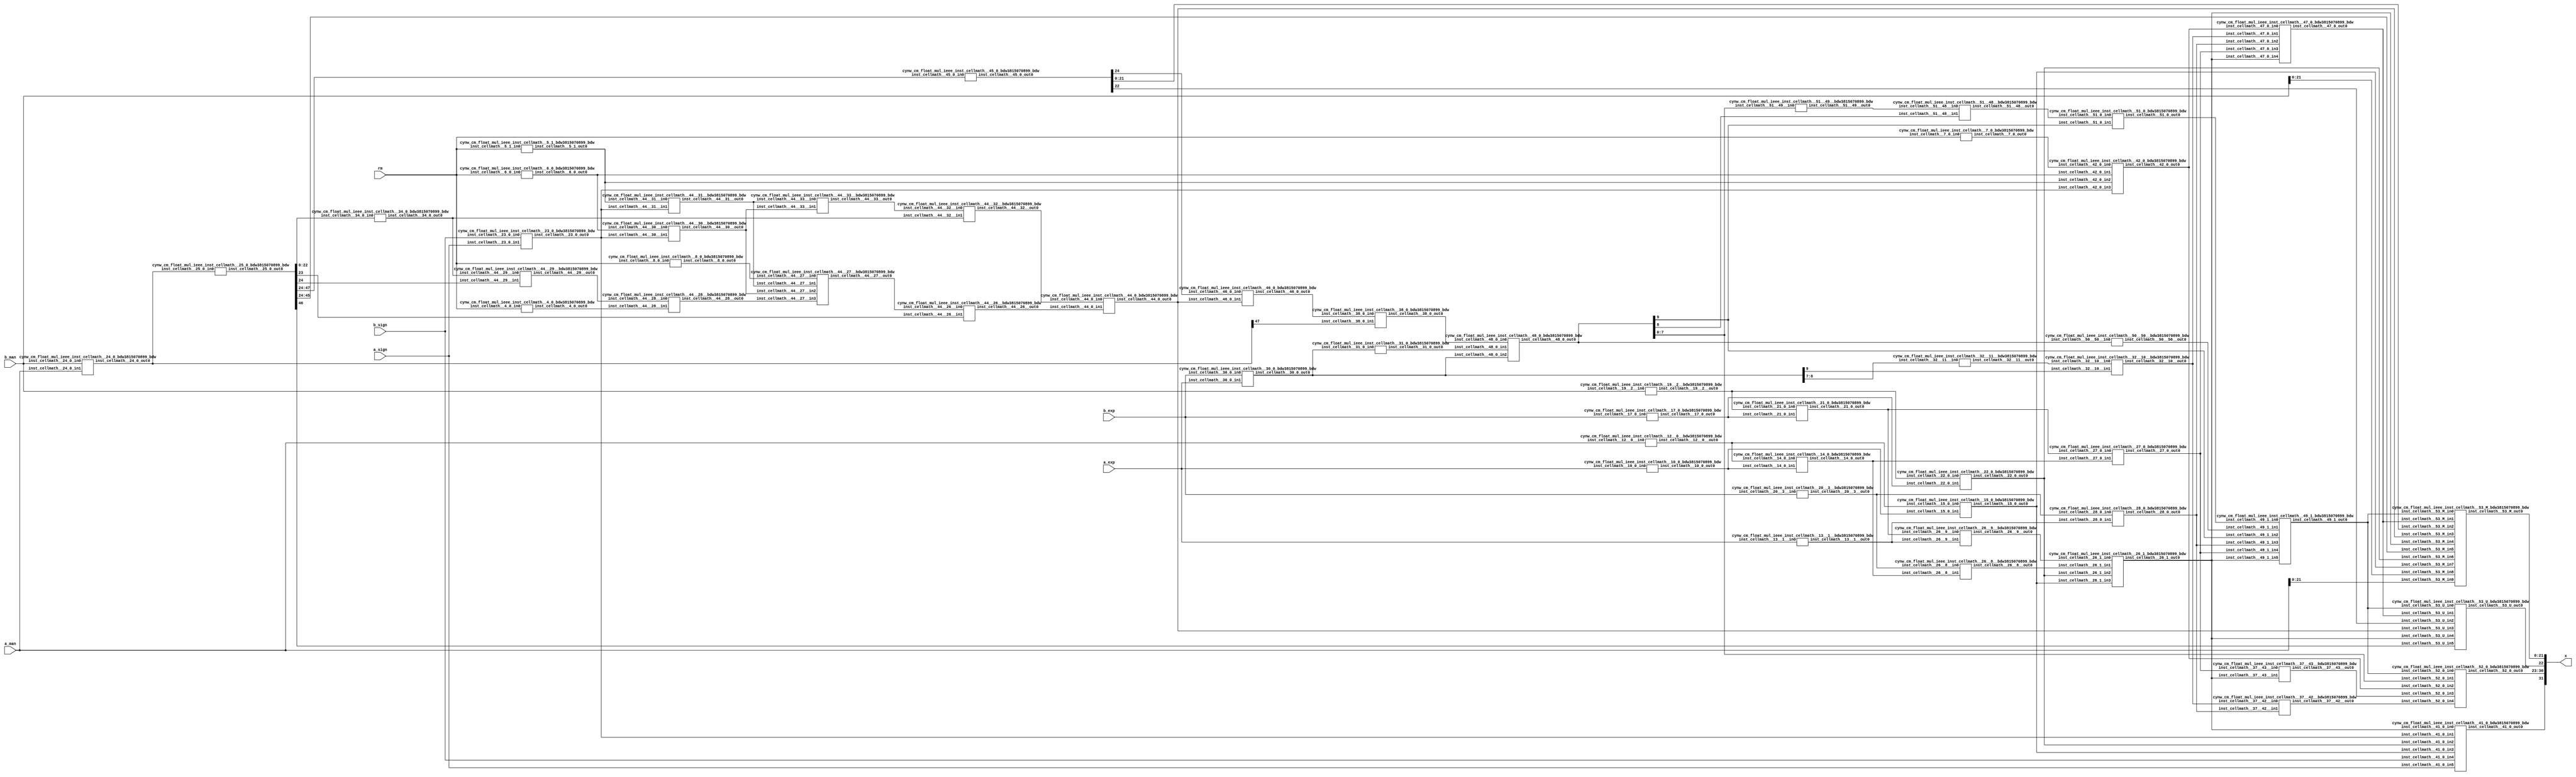
/*****************************************************************************
    Verilog Hierarchical RTL Description
    
    
    Created by: CellMath Designer 2019.1.01 
*******************************************************************************/

module fp_div_cynw_cm_float_mul_ieee_E8_M23_0 (
	a_sign,
	a_exp,
	a_man,
	b_sign,
	b_exp,
	b_man,
	rm,
	x
	); /* architecture "behavioural" */ 
input  a_sign;
input [7:0] a_exp;
input [22:0] a_man;
input  b_sign;
input [7:0] b_exp;
input [22:0] b_man;
input [2:0] rm;
output [31:0] x;
wire [31:0] inst_cellmath__3;
wire  inst_cellmath__4,
	inst_cellmath__5,
	inst_cellmath__6,
	inst_cellmath__7,
	inst_cellmath__8,
	inst_cellmath__10,
	inst_cellmath__12,
	inst_cellmath__13,
	inst_cellmath__14,
	inst_cellmath__15,
	inst_cellmath__17,
	inst_cellmath__19,
	inst_cellmath__20,
	inst_cellmath__21,
	inst_cellmath__22,
	inst_cellmath__23;
wire [47:0] inst_cellmath__24,
	inst_cellmath__25;
wire  inst_cellmath__26,
	inst_cellmath__27,
	inst_cellmath__28;
wire [9:0] inst_cellmath__30,
	inst_cellmath__31;
wire  inst_cellmath__32,
	inst_cellmath__34,
	inst_cellmath__38,
	inst_cellmath__41,
	inst_cellmath__42,
	inst_cellmath__44;
wire [24:0] inst_cellmath__45;
wire  inst_cellmath__46,
	inst_cellmath__47;
wire [9:0] inst_cellmath__48;
wire  inst_cellmath__49,
	inst_cellmath__51;
wire [7:0] inst_cellmath__52;
wire [22:0] inst_cellmath__53;
wire [23:0] inst_cellmath__24__4,
	inst_cellmath__24__5;
wire [47:0] inst_cellmath__25__7;
wire [0:0] inst_cellmath__26__8,
	inst_cellmath__26__9,
	inst_cellmath__32__11,
	inst_cellmath__44__29,
	inst_cellmath__44__28,
	inst_cellmath__44__30,
	inst_cellmath__44__31,
	inst_cellmath__44__27,
	inst_cellmath__44__26,
	inst_cellmath__44__33,
	inst_cellmath__44__32;
wire [8:0] inst_cellmath__37__40;
wire [0:0] inst_cellmath__37__42,
	inst_cellmath__37__43,
	inst_cellmath__51__49,
	inst_cellmath__51__48,
	inst_cellmath__50__50;
wire [2:0] inst_cellmath__26_0;
wire [1:0] inst_cellmath__5_0;
wire [2:0] inst_cellmath__49_0;
wire [4:0] inst_cellmath__49_1_0;
wire [2:0] inst_cellmath__49_1_1;

assign inst_cellmath__24__4 = {1'B1,a_man};
cynw_cm_float_mul_ieee_inst_cellmath__17_0_bdw3815070899_bdw inst_cellmath__17_0_0(
	.inst_cellmath__17_0_out0(inst_cellmath__17),
	.inst_cellmath__17_0_in0(b_exp)
	) ;
cynw_cm_float_mul_ieee_inst_cellmath__19__2__bdw3815070899_bdw inst_cellmath__19__2__0(
	.inst_cellmath__19__2__out0(inst_cellmath__19),
	.inst_cellmath__19__2__in0(b_man)
	) ;
cynw_cm_float_mul_ieee_inst_cellmath__21_0_bdw3815070899_bdw inst_cellmath__21_0_0(
	.inst_cellmath__21_0_out0(inst_cellmath__21),
	.inst_cellmath__21_0_in0(inst_cellmath__19),
	.inst_cellmath__21_0_in1(inst_cellmath__17)
	) ;
cynw_cm_float_mul_ieee_inst_cellmath__13__1__bdw3815070899_bdw inst_cellmath__13__1__0(
	.inst_cellmath__13__1__out0(inst_cellmath__13),
	.inst_cellmath__13__1__in0(a_exp)
	) ;
cynw_cm_float_mul_ieee_inst_cellmath__26__9__bdw3815070899_bdw inst_cellmath__26__9__0(
	.inst_cellmath__26__9__out0(inst_cellmath__26__9),
	.inst_cellmath__26__9__in0(inst_cellmath__21),
	.inst_cellmath__26__9__in1(inst_cellmath__13)
	) ;
cynw_cm_float_mul_ieee_inst_cellmath__10_0_bdw3815070899_bdw inst_cellmath__10_0_0(
	.inst_cellmath__10_0_out0(inst_cellmath__10),
	.inst_cellmath__10_0_in0(a_exp)
	) ;
cynw_cm_float_mul_ieee_inst_cellmath__12__0__bdw3815070899_bdw inst_cellmath__12__0__0(
	.inst_cellmath__12__0__out0(inst_cellmath__12),
	.inst_cellmath__12__0__in0(a_man)
	) ;
cynw_cm_float_mul_ieee_inst_cellmath__14_0_bdw3815070899_bdw inst_cellmath__14_0_0(
	.inst_cellmath__14_0_out0(inst_cellmath__14),
	.inst_cellmath__14_0_in0(inst_cellmath__12),
	.inst_cellmath__14_0_in1(inst_cellmath__10)
	) ;
cynw_cm_float_mul_ieee_inst_cellmath__20__3__bdw3815070899_bdw inst_cellmath__20__3__0(
	.inst_cellmath__20__3__out0(inst_cellmath__20),
	.inst_cellmath__20__3__in0(b_exp)
	) ;
cynw_cm_float_mul_ieee_inst_cellmath__26__8__bdw3815070899_bdw inst_cellmath__26__8__0(
	.inst_cellmath__26__8__out0(inst_cellmath__26__8),
	.inst_cellmath__26__8__in0(inst_cellmath__20),
	.inst_cellmath__26__8__in1(inst_cellmath__14)
	) ;
cynw_cm_float_mul_ieee_inst_cellmath__15_0_bdw3815070899_bdw inst_cellmath__15_0_0(
	.inst_cellmath__15_0_out0(inst_cellmath__15),
	.inst_cellmath__15_0_in0(inst_cellmath__12),
	.inst_cellmath__15_0_in1(inst_cellmath__10)
	) ;
cynw_cm_float_mul_ieee_inst_cellmath__22_0_bdw3815070899_bdw inst_cellmath__22_0_0(
	.inst_cellmath__22_0_out0(inst_cellmath__22),
	.inst_cellmath__22_0_in0(inst_cellmath__19),
	.inst_cellmath__22_0_in1(inst_cellmath__17)
	) ;
cynw_cm_float_mul_ieee_inst_cellmath__26_1_bdw3815070899_bdw inst_cellmath__26_1_0(
	.inst_cellmath__26_1_out0(inst_cellmath__26),
	.inst_cellmath__26_1_in0(inst_cellmath__26__9),
	.inst_cellmath__26_1_in1(inst_cellmath__26__8),
	.inst_cellmath__26_1_in2(inst_cellmath__22),
	.inst_cellmath__26_1_in3(inst_cellmath__15)
	) ;

assign inst_cellmath__26_0 = {inst_cellmath__26,inst_cellmath__15,inst_cellmath__22};
cynw_cm_float_mul_ieee_inst_cellmath__23_0_bdw3815070899_bdw inst_cellmath__23_0_0(
	.inst_cellmath__23_0_out0(inst_cellmath__23),
	.inst_cellmath__23_0_in0(b_sign),
	.inst_cellmath__23_0_in1(a_sign)
	) ;
cynw_cm_float_mul_ieee_inst_cellmath__41_0_bdw3815070899_bdw inst_cellmath__41_0_0(
	.inst_cellmath__41_0_out0(inst_cellmath__41),
	.inst_cellmath__41_0_in0(inst_cellmath__26),
	.inst_cellmath__41_0_in1(inst_cellmath__23),
	.inst_cellmath__41_0_in2(inst_cellmath__22),
	.inst_cellmath__41_0_in3(inst_cellmath__15),
	.inst_cellmath__41_0_in4(b_sign),
	.inst_cellmath__41_0_in5(a_sign)
	) ;

assign inst_cellmath__24__5 = {1'B1,b_man};
cynw_cm_float_mul_ieee_inst_cellmath__24_0_bdw3815070899_bdw inst_cellmath__24_0_0(
	.inst_cellmath__24_0_out0(inst_cellmath__24),
	.inst_cellmath__24_0_in0(b_man),
	.inst_cellmath__24_0_in1(a_man)
	) ;

assign inst_cellmath__25__7 = {inst_cellmath__24[46:0],1'B0};
cynw_cm_float_mul_ieee_inst_cellmath__25_0_bdw3815070899_bdw inst_cellmath__25_0_0(
	.inst_cellmath__25_0_out0(inst_cellmath__25),
	.inst_cellmath__25_0_in0(inst_cellmath__24)
	) ;
cynw_cm_float_mul_ieee_inst_cellmath__45_0_bdw3815070899_bdw inst_cellmath__45_0_0(
	.inst_cellmath__45_0_out0(inst_cellmath__45),
	.inst_cellmath__45_0_in0(inst_cellmath__25[47:24])
	) ;
cynw_cm_float_mul_ieee_inst_cellmath__5_1_bdw3815070899_bdw inst_cellmath__5_1_0(
	.inst_cellmath__5_1_out0(inst_cellmath__5),
	.inst_cellmath__5_1_in0(rm)
	) ;
cynw_cm_float_mul_ieee_inst_cellmath__44__31__bdw3815070899_bdw inst_cellmath__44__31__0(
	.inst_cellmath__44__31__out0(inst_cellmath__44__31),
	.inst_cellmath__44__31__in0(inst_cellmath__5),
	.inst_cellmath__44__31__in1(inst_cellmath__23)
	) ;
cynw_cm_float_mul_ieee_inst_cellmath__6_0_bdw3815070899_bdw inst_cellmath__6_0_0(
	.inst_cellmath__6_0_out0(inst_cellmath__6),
	.inst_cellmath__6_0_in0(rm)
	) ;
cynw_cm_float_mul_ieee_inst_cellmath__44__30__bdw3815070899_bdw inst_cellmath__44__30__0(
	.inst_cellmath__44__30__out0(inst_cellmath__44__30),
	.inst_cellmath__44__30__in0(inst_cellmath__6),
	.inst_cellmath__44__30__in1(inst_cellmath__23)
	) ;
cynw_cm_float_mul_ieee_inst_cellmath__8_0_bdw3815070899_bdw inst_cellmath__8_0_0(
	.inst_cellmath__8_0_out0(inst_cellmath__8),
	.inst_cellmath__8_0_in0(rm)
	) ;
cynw_cm_float_mul_ieee_inst_cellmath__4_0_bdw3815070899_bdw inst_cellmath__4_0_0(
	.inst_cellmath__4_0_out0(inst_cellmath__4),
	.inst_cellmath__4_0_in0(rm)
	) ;
cynw_cm_float_mul_ieee_inst_cellmath__34_0_bdw3815070899_bdw inst_cellmath__34_0_0(
	.inst_cellmath__34_0_out0(inst_cellmath__34),
	.inst_cellmath__34_0_in0(inst_cellmath__25[22:0])
	) ;
cynw_cm_float_mul_ieee_inst_cellmath__44__29__bdw3815070899_bdw inst_cellmath__44__29__0(
	.inst_cellmath__44__29__out0(inst_cellmath__44__29),
	.inst_cellmath__44__29__in0(inst_cellmath__34),
	.inst_cellmath__44__29__in1(inst_cellmath__25[24])
	) ;
cynw_cm_float_mul_ieee_inst_cellmath__44__28__bdw3815070899_bdw inst_cellmath__44__28__0(
	.inst_cellmath__44__28__out0(inst_cellmath__44__28),
	.inst_cellmath__44__28__in0(inst_cellmath__44__29),
	.inst_cellmath__44__28__in1(inst_cellmath__4)
	) ;
cynw_cm_float_mul_ieee_inst_cellmath__44__27__bdw3815070899_bdw inst_cellmath__44__27__0(
	.inst_cellmath__44__27__out0(inst_cellmath__44__27),
	.inst_cellmath__44__27__in0(inst_cellmath__8),
	.inst_cellmath__44__27__in1(inst_cellmath__44__31),
	.inst_cellmath__44__27__in2(inst_cellmath__44__30),
	.inst_cellmath__44__27__in3(inst_cellmath__44__28)
	) ;
cynw_cm_float_mul_ieee_inst_cellmath__44__26__bdw3815070899_bdw inst_cellmath__44__26__0(
	.inst_cellmath__44__26__out0(inst_cellmath__44__26),
	.inst_cellmath__44__26__in0(inst_cellmath__44__27),
	.inst_cellmath__44__26__in1(inst_cellmath__25[23])
	) ;
cynw_cm_float_mul_ieee_inst_cellmath__44__33__bdw3815070899_bdw inst_cellmath__44__33__0(
	.inst_cellmath__44__33__out0(inst_cellmath__44__33),
	.inst_cellmath__44__33__in0(inst_cellmath__44__31),
	.inst_cellmath__44__33__in1(inst_cellmath__44__30)
	) ;
cynw_cm_float_mul_ieee_inst_cellmath__44__32__bdw3815070899_bdw inst_cellmath__44__32__0(
	.inst_cellmath__44__32__out0(inst_cellmath__44__32),
	.inst_cellmath__44__32__in0(inst_cellmath__44__33),
	.inst_cellmath__44__32__in1(inst_cellmath__34)
	) ;
cynw_cm_float_mul_ieee_inst_cellmath__44_0_bdw3815070899_bdw inst_cellmath__44_0_0(
	.inst_cellmath__44_0_out0(inst_cellmath__44),
	.inst_cellmath__44_0_in0(inst_cellmath__44__32),
	.inst_cellmath__44_0_in1(inst_cellmath__44__26)
	) ;
cynw_cm_float_mul_ieee_inst_cellmath__46_0_bdw3815070899_bdw inst_cellmath__46_0_0(
	.inst_cellmath__46_0_out0(inst_cellmath__46),
	.inst_cellmath__46_0_in0(inst_cellmath__45[24]),
	.inst_cellmath__46_0_in1(inst_cellmath__44)
	) ;
cynw_cm_float_mul_ieee_inst_cellmath__38_0_bdw3815070899_bdw inst_cellmath__38_0_0(
	.inst_cellmath__38_0_out0(inst_cellmath__38),
	.inst_cellmath__38_0_in0(inst_cellmath__46),
	.inst_cellmath__38_0_in1(inst_cellmath__24[47])
	) ;
cynw_cm_float_mul_ieee_inst_cellmath__30_0_bdw3815070899_bdw inst_cellmath__30_0_0(
	.inst_cellmath__30_0_out0(inst_cellmath__30),
	.inst_cellmath__30_0_in0(b_exp),
	.inst_cellmath__30_0_in1(a_exp)
	) ;
cynw_cm_float_mul_ieee_inst_cellmath__31_0_bdw3815070899_bdw inst_cellmath__31_0_0(
	.inst_cellmath__31_0_out0(inst_cellmath__31),
	.inst_cellmath__31_0_in0(inst_cellmath__30)
	) ;
cynw_cm_float_mul_ieee_inst_cellmath__48_0_bdw3815070899_bdw inst_cellmath__48_0_0(
	.inst_cellmath__48_0_out0(inst_cellmath__48),
	.inst_cellmath__48_0_in0(inst_cellmath__38),
	.inst_cellmath__48_0_in1(inst_cellmath__31),
	.inst_cellmath__48_0_in2(inst_cellmath__30)
	) ;
cynw_cm_float_mul_ieee_inst_cellmath__51__49__bdw3815070899_bdw inst_cellmath__51__49__0(
	.inst_cellmath__51__49__out0(inst_cellmath__51__49),
	.inst_cellmath__51__49__in0(inst_cellmath__48[7:0])
	) ;
cynw_cm_float_mul_ieee_inst_cellmath__51__48__bdw3815070899_bdw inst_cellmath__51__48__0(
	.inst_cellmath__51__48__out0(inst_cellmath__51__48),
	.inst_cellmath__51__48__in0(inst_cellmath__51__49),
	.inst_cellmath__51__48__in1(inst_cellmath__48[8])
	) ;
cynw_cm_float_mul_ieee_inst_cellmath__51_0_bdw3815070899_bdw inst_cellmath__51_0_0(
	.inst_cellmath__51_0_out0(inst_cellmath__51),
	.inst_cellmath__51_0_in0(inst_cellmath__51__48),
	.inst_cellmath__51_0_in1(inst_cellmath__48[9])
	) ;
cynw_cm_float_mul_ieee_inst_cellmath__28_0_bdw3815070899_bdw inst_cellmath__28_0_0(
	.inst_cellmath__28_0_out0(inst_cellmath__28),
	.inst_cellmath__28_0_in0(inst_cellmath__20),
	.inst_cellmath__28_0_in1(inst_cellmath__13)
	) ;
cynw_cm_float_mul_ieee_inst_cellmath__27_0_bdw3815070899_bdw inst_cellmath__27_0_0(
	.inst_cellmath__27_0_out0(inst_cellmath__27),
	.inst_cellmath__27_0_in0(inst_cellmath__21),
	.inst_cellmath__27_0_in1(inst_cellmath__14)
	) ;
cynw_cm_float_mul_ieee_inst_cellmath__50__50__bdw3815070899_bdw inst_cellmath__50__50__0(
	.inst_cellmath__50__50__out0(inst_cellmath__50__50),
	.inst_cellmath__50__50__in0(inst_cellmath__48)
	) ;
cynw_cm_float_mul_ieee_inst_cellmath__49_1_bdw3815070899_bdw inst_cellmath__49_1_2(
	.inst_cellmath__49_1_out0(inst_cellmath__49),
	.inst_cellmath__49_1_in0(inst_cellmath__51),
	.inst_cellmath__49_1_in1(inst_cellmath__50__50),
	.inst_cellmath__49_1_in2(inst_cellmath__48[9]),
	.inst_cellmath__49_1_in3(inst_cellmath__28),
	.inst_cellmath__49_1_in4(inst_cellmath__27),
	.inst_cellmath__49_1_in5(inst_cellmath__26)
	) ;
cynw_cm_float_mul_ieee_inst_cellmath__37__43__bdw3815070899_bdw inst_cellmath__37__43__0(
	.inst_cellmath__37__43__out0(inst_cellmath__37__43),
	.inst_cellmath__37__43__in0(inst_cellmath__27),
	.inst_cellmath__37__43__in1(inst_cellmath__26)
	) ;
cynw_cm_float_mul_ieee_inst_cellmath__32__11__bdw3815070899_bdw inst_cellmath__32__11__0(
	.inst_cellmath__32__11__out0(inst_cellmath__32__11),
	.inst_cellmath__32__11__in0(inst_cellmath__30[8:7])
	) ;
cynw_cm_float_mul_ieee_inst_cellmath__32__10__bdw3815070899_bdw inst_cellmath__32__10__0(
	.inst_cellmath__32__10__out0(inst_cellmath__32),
	.inst_cellmath__32__10__in0(inst_cellmath__32__11),
	.inst_cellmath__32__10__in1(inst_cellmath__30[9])
	) ;
cynw_cm_float_mul_ieee_inst_cellmath__37__42__bdw3815070899_bdw inst_cellmath__37__42__0(
	.inst_cellmath__37__42__out0(inst_cellmath__37__42),
	.inst_cellmath__37__42__in0(inst_cellmath__32),
	.inst_cellmath__37__42__in1(inst_cellmath__28)
	) ;

assign inst_cellmath__49_0 = {inst_cellmath__49,inst_cellmath__37__43,inst_cellmath__37__42};

assign inst_cellmath__5_0 = {inst_cellmath__5,inst_cellmath__6};
cynw_cm_float_mul_ieee_inst_cellmath__7_0_bdw3815070899_bdw inst_cellmath__7_0_0(
	.inst_cellmath__7_0_out0(inst_cellmath__7),
	.inst_cellmath__7_0_in0(rm)
	) ;
cynw_cm_float_mul_ieee_inst_cellmath__42_0_bdw3815070899_bdw inst_cellmath__42_0_0(
	.inst_cellmath__42_0_out0(inst_cellmath__42),
	.inst_cellmath__42_0_in0(inst_cellmath__7),
	.inst_cellmath__42_0_in1(inst_cellmath__6),
	.inst_cellmath__42_0_in2(inst_cellmath__5),
	.inst_cellmath__42_0_in3(inst_cellmath__23)
	) ;

assign inst_cellmath__37__40[7:0] = {7'B1111111,inst_cellmath__42};
cynw_cm_float_mul_ieee_inst_cellmath__52_0_bdw3815070899_bdw inst_cellmath__52_0_0(
	.inst_cellmath__52_0_out0(inst_cellmath__52),
	.inst_cellmath__52_0_in0(inst_cellmath__49),
	.inst_cellmath__52_0_in1(inst_cellmath__48[7:0]),
	.inst_cellmath__52_0_in2(inst_cellmath__42),
	.inst_cellmath__52_0_in3(inst_cellmath__37__43),
	.inst_cellmath__52_0_in4(inst_cellmath__37__42)
	) ;

assign inst_cellmath__49_1_1 = {inst_cellmath__49,inst_cellmath__44,inst_cellmath__26};
cynw_cm_float_mul_ieee_inst_cellmath__47_0_bdw3815070899_bdw inst_cellmath__47_0_0(
	.inst_cellmath__47_0_out0(inst_cellmath__47),
	.inst_cellmath__47_0_in0(inst_cellmath__42),
	.inst_cellmath__47_0_in1(inst_cellmath__32),
	.inst_cellmath__47_0_in2(inst_cellmath__28),
	.inst_cellmath__47_0_in3(inst_cellmath__27),
	.inst_cellmath__47_0_in4(inst_cellmath__26)
	) ;
cynw_cm_float_mul_ieee_inst_cellmath__53_U_bdw3815070899_bdw inst_cellmath__53_U_0(
	.inst_cellmath__53_U_out0(inst_cellmath__53[22]),
	.inst_cellmath__53_U_in0(inst_cellmath__49),
	.inst_cellmath__53_U_in1(inst_cellmath__47),
	.inst_cellmath__53_U_in2(inst_cellmath__45[22]),
	.inst_cellmath__53_U_in3(inst_cellmath__44),
	.inst_cellmath__53_U_in4(inst_cellmath__26),
	.inst_cellmath__53_U_in5(inst_cellmath__25[46])
	) ;

assign inst_cellmath__49_1_0 = {inst_cellmath__49,inst_cellmath__44,inst_cellmath__26,inst_cellmath__15,inst_cellmath__22};
cynw_cm_float_mul_ieee_inst_cellmath__53_M_bdw3815070899_bdw inst_cellmath__53_M_0(
	.inst_cellmath__53_M_out0(inst_cellmath__53[21:0]),
	.inst_cellmath__53_M_in0(inst_cellmath__49),
	.inst_cellmath__53_M_in1(inst_cellmath__47),
	.inst_cellmath__53_M_in2(inst_cellmath__45[21:0]),
	.inst_cellmath__53_M_in3(inst_cellmath__44),
	.inst_cellmath__53_M_in4(inst_cellmath__26),
	.inst_cellmath__53_M_in5(inst_cellmath__25[45:24]),
	.inst_cellmath__53_M_in6(inst_cellmath__22),
	.inst_cellmath__53_M_in7(inst_cellmath__15),
	.inst_cellmath__53_M_in8(b_man[21:0]),
	.inst_cellmath__53_M_in9(a_man[21:0])
	) ;

assign inst_cellmath__3 = {inst_cellmath__41,inst_cellmath__52,inst_cellmath__53};

assign x = inst_cellmath__3;
endmodule

module cynw_cm_float_mul_ieee_inst_cellmath__17_0_bdw3815070899_bdw (
	inst_cellmath__17_0_out0,
	inst_cellmath__17_0_in0
	); /* architecture "behavioural" */ 
output  inst_cellmath__17_0_out0;
input [7:0] inst_cellmath__17_0_in0;

assign inst_cellmath__17_0_out0 = 
	(inst_cellmath__17_0_in0[0])
	&(inst_cellmath__17_0_in0[1])
	&(inst_cellmath__17_0_in0[2])
	&(inst_cellmath__17_0_in0[3])
	&(inst_cellmath__17_0_in0[4])
	&(inst_cellmath__17_0_in0[5])
	&(inst_cellmath__17_0_in0[6])
	&(inst_cellmath__17_0_in0[7]);
endmodule

module cynw_cm_float_mul_ieee_inst_cellmath__19__2__bdw3815070899_bdw (
	inst_cellmath__19__2__out0,
	inst_cellmath__19__2__in0
	); /* architecture "behavioural" */ 
output  inst_cellmath__19__2__out0;
input [22:0] inst_cellmath__19__2__in0;

assign inst_cellmath__19__2__out0 = ~(
	(inst_cellmath__19__2__in0[0])
	|(inst_cellmath__19__2__in0[1])
	|(inst_cellmath__19__2__in0[2])
	|(inst_cellmath__19__2__in0[3])
	|(inst_cellmath__19__2__in0[4])
	|(inst_cellmath__19__2__in0[5])
	|(inst_cellmath__19__2__in0[6])
	|(inst_cellmath__19__2__in0[7])
	|(inst_cellmath__19__2__in0[8])
	|(inst_cellmath__19__2__in0[9])
	|(inst_cellmath__19__2__in0[10])
	|(inst_cellmath__19__2__in0[11])
	|(inst_cellmath__19__2__in0[12])
	|(inst_cellmath__19__2__in0[13])
	|(inst_cellmath__19__2__in0[14])
	|(inst_cellmath__19__2__in0[15])
	|(inst_cellmath__19__2__in0[16])
	|(inst_cellmath__19__2__in0[17])
	|(inst_cellmath__19__2__in0[18])
	|(inst_cellmath__19__2__in0[19])
	|(inst_cellmath__19__2__in0[20])
	|(inst_cellmath__19__2__in0[21])
	|(inst_cellmath__19__2__in0[22]));
endmodule

module cynw_cm_float_mul_ieee_inst_cellmath__21_0_bdw3815070899_bdw (
	inst_cellmath__21_0_out0,
	inst_cellmath__21_0_in0,
	inst_cellmath__21_0_in1
	); /* architecture "behavioural" */ 
output  inst_cellmath__21_0_out0;
input  inst_cellmath__21_0_in0,
	inst_cellmath__21_0_in1;

assign inst_cellmath__21_0_out0 = 
	(inst_cellmath__21_0_in1)
	&(inst_cellmath__21_0_in0);
endmodule

module cynw_cm_float_mul_ieee_inst_cellmath__13__1__bdw3815070899_bdw (
	inst_cellmath__13__1__out0,
	inst_cellmath__13__1__in0
	); /* architecture "behavioural" */ 
output  inst_cellmath__13__1__out0;
input [7:0] inst_cellmath__13__1__in0;

assign inst_cellmath__13__1__out0 = ~(
	(inst_cellmath__13__1__in0[0])
	|(inst_cellmath__13__1__in0[1])
	|(inst_cellmath__13__1__in0[2])
	|(inst_cellmath__13__1__in0[3])
	|(inst_cellmath__13__1__in0[4])
	|(inst_cellmath__13__1__in0[5])
	|(inst_cellmath__13__1__in0[6])
	|(inst_cellmath__13__1__in0[7]));
endmodule

module cynw_cm_float_mul_ieee_inst_cellmath__26__9__bdw3815070899_bdw (
	inst_cellmath__26__9__out0,
	inst_cellmath__26__9__in0,
	inst_cellmath__26__9__in1
	); /* architecture "behavioural" */ 
output [0:0] inst_cellmath__26__9__out0;
input  inst_cellmath__26__9__in0,
	inst_cellmath__26__9__in1;

assign inst_cellmath__26__9__out0 = 
	(inst_cellmath__26__9__in0)
	&(inst_cellmath__26__9__in1);
endmodule

module cynw_cm_float_mul_ieee_inst_cellmath__10_0_bdw3815070899_bdw (
	inst_cellmath__10_0_out0,
	inst_cellmath__10_0_in0
	); /* architecture "behavioural" */ 
output  inst_cellmath__10_0_out0;
input [7:0] inst_cellmath__10_0_in0;

assign inst_cellmath__10_0_out0 = 
	(inst_cellmath__10_0_in0[0])
	&(inst_cellmath__10_0_in0[1])
	&(inst_cellmath__10_0_in0[2])
	&(inst_cellmath__10_0_in0[3])
	&(inst_cellmath__10_0_in0[4])
	&(inst_cellmath__10_0_in0[5])
	&(inst_cellmath__10_0_in0[6])
	&(inst_cellmath__10_0_in0[7]);
endmodule

module cynw_cm_float_mul_ieee_inst_cellmath__12__0__bdw3815070899_bdw (
	inst_cellmath__12__0__out0,
	inst_cellmath__12__0__in0
	); /* architecture "behavioural" */ 
output  inst_cellmath__12__0__out0;
input [22:0] inst_cellmath__12__0__in0;

assign inst_cellmath__12__0__out0 = ~(
	(inst_cellmath__12__0__in0[0])
	|(inst_cellmath__12__0__in0[1])
	|(inst_cellmath__12__0__in0[2])
	|(inst_cellmath__12__0__in0[3])
	|(inst_cellmath__12__0__in0[4])
	|(inst_cellmath__12__0__in0[5])
	|(inst_cellmath__12__0__in0[6])
	|(inst_cellmath__12__0__in0[7])
	|(inst_cellmath__12__0__in0[8])
	|(inst_cellmath__12__0__in0[9])
	|(inst_cellmath__12__0__in0[10])
	|(inst_cellmath__12__0__in0[11])
	|(inst_cellmath__12__0__in0[12])
	|(inst_cellmath__12__0__in0[13])
	|(inst_cellmath__12__0__in0[14])
	|(inst_cellmath__12__0__in0[15])
	|(inst_cellmath__12__0__in0[16])
	|(inst_cellmath__12__0__in0[17])
	|(inst_cellmath__12__0__in0[18])
	|(inst_cellmath__12__0__in0[19])
	|(inst_cellmath__12__0__in0[20])
	|(inst_cellmath__12__0__in0[21])
	|(inst_cellmath__12__0__in0[22]));
endmodule

module cynw_cm_float_mul_ieee_inst_cellmath__14_0_bdw3815070899_bdw (
	inst_cellmath__14_0_out0,
	inst_cellmath__14_0_in0,
	inst_cellmath__14_0_in1
	); /* architecture "behavioural" */ 
output  inst_cellmath__14_0_out0;
input  inst_cellmath__14_0_in0,
	inst_cellmath__14_0_in1;

assign inst_cellmath__14_0_out0 = 
	(inst_cellmath__14_0_in1)
	&(inst_cellmath__14_0_in0);
endmodule

module cynw_cm_float_mul_ieee_inst_cellmath__20__3__bdw3815070899_bdw (
	inst_cellmath__20__3__out0,
	inst_cellmath__20__3__in0
	); /* architecture "behavioural" */ 
output  inst_cellmath__20__3__out0;
input [7:0] inst_cellmath__20__3__in0;

assign inst_cellmath__20__3__out0 = ~(
	(inst_cellmath__20__3__in0[0])
	|(inst_cellmath__20__3__in0[1])
	|(inst_cellmath__20__3__in0[2])
	|(inst_cellmath__20__3__in0[3])
	|(inst_cellmath__20__3__in0[4])
	|(inst_cellmath__20__3__in0[5])
	|(inst_cellmath__20__3__in0[6])
	|(inst_cellmath__20__3__in0[7]));
endmodule

module cynw_cm_float_mul_ieee_inst_cellmath__26__8__bdw3815070899_bdw (
	inst_cellmath__26__8__out0,
	inst_cellmath__26__8__in0,
	inst_cellmath__26__8__in1
	); /* architecture "behavioural" */ 
output [0:0] inst_cellmath__26__8__out0;
input  inst_cellmath__26__8__in0,
	inst_cellmath__26__8__in1;

assign inst_cellmath__26__8__out0 = 
	(inst_cellmath__26__8__in1)
	&(inst_cellmath__26__8__in0);
endmodule

module cynw_cm_float_mul_ieee_inst_cellmath__15_0_bdw3815070899_bdw (
	inst_cellmath__15_0_out0,
	inst_cellmath__15_0_in0,
	inst_cellmath__15_0_in1
	); /* architecture "behavioural" */ 
output  inst_cellmath__15_0_out0;
input  inst_cellmath__15_0_in0,
	inst_cellmath__15_0_in1;

assign inst_cellmath__15_0_out0 = 
	(inst_cellmath__15_0_in1)
	&((~inst_cellmath__15_0_in0));
endmodule

module cynw_cm_float_mul_ieee_inst_cellmath__22_0_bdw3815070899_bdw (
	inst_cellmath__22_0_out0,
	inst_cellmath__22_0_in0,
	inst_cellmath__22_0_in1
	); /* architecture "behavioural" */ 
output  inst_cellmath__22_0_out0;
input  inst_cellmath__22_0_in0,
	inst_cellmath__22_0_in1;

assign inst_cellmath__22_0_out0 = 
	(inst_cellmath__22_0_in1)
	&((~inst_cellmath__22_0_in0));
endmodule

module cynw_cm_float_mul_ieee_inst_cellmath__26_1_bdw3815070899_bdw (
	inst_cellmath__26_1_out0,
	inst_cellmath__26_1_in0,
	inst_cellmath__26_1_in1,
	inst_cellmath__26_1_in2,
	inst_cellmath__26_1_in3
	); /* architecture "behavioural" */ 
output  inst_cellmath__26_1_out0;
input [0:0] inst_cellmath__26_1_in0,
	inst_cellmath__26_1_in1;
input  inst_cellmath__26_1_in2,
	inst_cellmath__26_1_in3;

assign inst_cellmath__26_1_out0 = 
	(inst_cellmath__26_1_in0)
	|(inst_cellmath__26_1_in1)
	|(inst_cellmath__26_1_in3)
	|(inst_cellmath__26_1_in2);
endmodule

module cynw_cm_float_mul_ieee_inst_cellmath__23_0_bdw3815070899_bdw (
	inst_cellmath__23_0_out0,
	inst_cellmath__23_0_in0,
	inst_cellmath__23_0_in1
	); /* architecture "behavioural" */ 
output  inst_cellmath__23_0_out0;
input  inst_cellmath__23_0_in0,
	inst_cellmath__23_0_in1;

assign inst_cellmath__23_0_out0 = 
	(inst_cellmath__23_0_in1)
	^(inst_cellmath__23_0_in0);
endmodule

module cynw_cm_float_mul_ieee_inst_cellmath__41_0_bdw3815070899_bdw (
	inst_cellmath__41_0_out0,
	inst_cellmath__41_0_in0,
	inst_cellmath__41_0_in1,
	inst_cellmath__41_0_in2,
	inst_cellmath__41_0_in3,
	inst_cellmath__41_0_in4,
	inst_cellmath__41_0_in5
	); /* architecture "behavioural" */ 
output  inst_cellmath__41_0_out0;
input  inst_cellmath__41_0_in0,
	inst_cellmath__41_0_in1,
	inst_cellmath__41_0_in2,
	inst_cellmath__41_0_in3,
	inst_cellmath__41_0_in4,
	inst_cellmath__41_0_in5;
wire [2:0] inst_cellmath__26_0;

assign inst_cellmath__26_0 = {inst_cellmath__41_0_in0,inst_cellmath__41_0_in3,inst_cellmath__41_0_in2};

reg [0:0] inst_cellmath__41_0_out0_tmp_0;
assign inst_cellmath__41_0_out0 = inst_cellmath__41_0_out0_tmp_0;
always @ (inst_cellmath__26_0 or inst_cellmath__41_0_in1 or inst_cellmath__41_0_in4 or inst_cellmath__41_0_in5) begin
	casez (inst_cellmath__26_0)
		3'B0?? : inst_cellmath__41_0_out0_tmp_0 = inst_cellmath__41_0_in1 ;
		3'B100 : inst_cellmath__41_0_out0_tmp_0 = 1'B1 ;
		3'B101 : inst_cellmath__41_0_out0_tmp_0 = inst_cellmath__41_0_in4 ;
		default : inst_cellmath__41_0_out0_tmp_0 = inst_cellmath__41_0_in5 ;
	endcase
end
endmodule

module cynw_cm_float_mul_ieee_inst_cellmath__24_0_bdw3815070899_bdw (
	inst_cellmath__24_0_out0,
	inst_cellmath__24_0_in0,
	inst_cellmath__24_0_in1
	); /* architecture "behavioural" */ 
output [47:0] inst_cellmath__24_0_out0;
input [22:0] inst_cellmath__24_0_in0,
	inst_cellmath__24_0_in1;
wire [23:0] inst_cellmath__24__4,
	inst_cellmath__24__5;

assign inst_cellmath__24__4 = {1'B1,inst_cellmath__24_0_in1};

assign inst_cellmath__24__5 = {1'B1,inst_cellmath__24_0_in0};

assign inst_cellmath__24_0_out0 = 
	+(inst_cellmath__24__4 * inst_cellmath__24__5);
endmodule

module cynw_cm_float_mul_ieee_inst_cellmath__25_0_bdw3815070899_bdw (
	inst_cellmath__25_0_out0,
	inst_cellmath__25_0_in0
	); /* architecture "behavioural" */ 
output [47:0] inst_cellmath__25_0_out0;
input [47:0] inst_cellmath__25_0_in0;
wire [47:0] inst_cellmath__25__7;

assign inst_cellmath__25__7 = {inst_cellmath__25_0_in0[46:0],1'B0};

reg [47:0] inst_cellmath__25_0_out0_tmp_0;
assign inst_cellmath__25_0_out0 = inst_cellmath__25_0_out0_tmp_0;
always @ (inst_cellmath__25_0_in0[47] or inst_cellmath__25__7 or inst_cellmath__25_0_in0) begin
	case (inst_cellmath__25_0_in0[47])
		1'B0 : inst_cellmath__25_0_out0_tmp_0 = inst_cellmath__25__7 ;
		default : inst_cellmath__25_0_out0_tmp_0 = inst_cellmath__25_0_in0 ;
	endcase
end
endmodule

module cynw_cm_float_mul_ieee_inst_cellmath__45_0_bdw3815070899_bdw (
	inst_cellmath__45_0_out0,
	inst_cellmath__45_0_in0
	); /* architecture "behavioural" */ 
output [24:0] inst_cellmath__45_0_out0;
input [47:24] inst_cellmath__45_0_in0;

assign inst_cellmath__45_0_out0 = 
	+(inst_cellmath__45_0_in0)
	+(25'B0000000000000000000000001);
endmodule

module cynw_cm_float_mul_ieee_inst_cellmath__5_1_bdw3815070899_bdw (
	inst_cellmath__5_1_out0,
	inst_cellmath__5_1_in0
	); /* architecture "behavioural" */ 
output  inst_cellmath__5_1_out0;
input [2:0] inst_cellmath__5_1_in0;

assign inst_cellmath__5_1_out0 = (6'B000000==(inst_cellmath__5_1_in0 - 6'B000001));
endmodule

module cynw_cm_float_mul_ieee_inst_cellmath__44__31__bdw3815070899_bdw (
	inst_cellmath__44__31__out0,
	inst_cellmath__44__31__in0,
	inst_cellmath__44__31__in1
	); /* architecture "behavioural" */ 
output [0:0] inst_cellmath__44__31__out0;
input  inst_cellmath__44__31__in0,
	inst_cellmath__44__31__in1;

assign inst_cellmath__44__31__out0 = 
	(inst_cellmath__44__31__in0)
	&((~inst_cellmath__44__31__in1));
endmodule

module cynw_cm_float_mul_ieee_inst_cellmath__6_0_bdw3815070899_bdw (
	inst_cellmath__6_0_out0,
	inst_cellmath__6_0_in0
	); /* architecture "behavioural" */ 
output  inst_cellmath__6_0_out0;
input [2:0] inst_cellmath__6_0_in0;

assign inst_cellmath__6_0_out0 = (7'B0000001==(inst_cellmath__6_0_in0 - 7'B0000001));
endmodule

module cynw_cm_float_mul_ieee_inst_cellmath__44__30__bdw3815070899_bdw (
	inst_cellmath__44__30__out0,
	inst_cellmath__44__30__in0,
	inst_cellmath__44__30__in1
	); /* architecture "behavioural" */ 
output [0:0] inst_cellmath__44__30__out0;
input  inst_cellmath__44__30__in0,
	inst_cellmath__44__30__in1;

assign inst_cellmath__44__30__out0 = 
	(inst_cellmath__44__30__in0)
	&(inst_cellmath__44__30__in1);
endmodule

module cynw_cm_float_mul_ieee_inst_cellmath__8_0_bdw3815070899_bdw (
	inst_cellmath__8_0_out0,
	inst_cellmath__8_0_in0
	); /* architecture "behavioural" */ 
output  inst_cellmath__8_0_out0;
input [2:0] inst_cellmath__8_0_in0;

assign inst_cellmath__8_0_out0 = (7'B0000011==(inst_cellmath__8_0_in0 - 7'B0000001));
endmodule

module cynw_cm_float_mul_ieee_inst_cellmath__4_0_bdw3815070899_bdw (
	inst_cellmath__4_0_out0,
	inst_cellmath__4_0_in0
	); /* architecture "behavioural" */ 
output  inst_cellmath__4_0_out0;
input [2:0] inst_cellmath__4_0_in0;

assign inst_cellmath__4_0_out0 = (7'B0000000==inst_cellmath__4_0_in0);
endmodule

module cynw_cm_float_mul_ieee_inst_cellmath__34_0_bdw3815070899_bdw (
	inst_cellmath__34_0_out0,
	inst_cellmath__34_0_in0
	); /* architecture "behavioural" */ 
output  inst_cellmath__34_0_out0;
input [22:0] inst_cellmath__34_0_in0;

assign inst_cellmath__34_0_out0 = 
	(inst_cellmath__34_0_in0[0])
	|(inst_cellmath__34_0_in0[1])
	|(inst_cellmath__34_0_in0[2])
	|(inst_cellmath__34_0_in0[3])
	|(inst_cellmath__34_0_in0[4])
	|(inst_cellmath__34_0_in0[5])
	|(inst_cellmath__34_0_in0[6])
	|(inst_cellmath__34_0_in0[7])
	|(inst_cellmath__34_0_in0[8])
	|(inst_cellmath__34_0_in0[9])
	|(inst_cellmath__34_0_in0[10])
	|(inst_cellmath__34_0_in0[11])
	|(inst_cellmath__34_0_in0[12])
	|(inst_cellmath__34_0_in0[13])
	|(inst_cellmath__34_0_in0[14])
	|(inst_cellmath__34_0_in0[15])
	|(inst_cellmath__34_0_in0[16])
	|(inst_cellmath__34_0_in0[17])
	|(inst_cellmath__34_0_in0[18])
	|(inst_cellmath__34_0_in0[19])
	|(inst_cellmath__34_0_in0[20])
	|(inst_cellmath__34_0_in0[21])
	|(inst_cellmath__34_0_in0[22]);
endmodule

module cynw_cm_float_mul_ieee_inst_cellmath__44__29__bdw3815070899_bdw (
	inst_cellmath__44__29__out0,
	inst_cellmath__44__29__in0,
	inst_cellmath__44__29__in1
	); /* architecture "behavioural" */ 
output [0:0] inst_cellmath__44__29__out0;
input  inst_cellmath__44__29__in0;
input [24:24] inst_cellmath__44__29__in1;

assign inst_cellmath__44__29__out0 = 
	(inst_cellmath__44__29__in0)
	|(inst_cellmath__44__29__in1);
endmodule

module cynw_cm_float_mul_ieee_inst_cellmath__44__28__bdw3815070899_bdw (
	inst_cellmath__44__28__out0,
	inst_cellmath__44__28__in0,
	inst_cellmath__44__28__in1
	); /* architecture "behavioural" */ 
output [0:0] inst_cellmath__44__28__out0;
input [0:0] inst_cellmath__44__28__in0;
input  inst_cellmath__44__28__in1;

assign inst_cellmath__44__28__out0 = 
	(inst_cellmath__44__28__in1)
	&(inst_cellmath__44__28__in0);
endmodule

module cynw_cm_float_mul_ieee_inst_cellmath__44__27__bdw3815070899_bdw (
	inst_cellmath__44__27__out0,
	inst_cellmath__44__27__in0,
	inst_cellmath__44__27__in1,
	inst_cellmath__44__27__in2,
	inst_cellmath__44__27__in3
	); /* architecture "behavioural" */ 
output [0:0] inst_cellmath__44__27__out0;
input  inst_cellmath__44__27__in0;
input [0:0] inst_cellmath__44__27__in1,
	inst_cellmath__44__27__in2,
	inst_cellmath__44__27__in3;

assign inst_cellmath__44__27__out0 = 
	(inst_cellmath__44__27__in1)
	|(inst_cellmath__44__27__in2)
	|(inst_cellmath__44__27__in0)
	|(inst_cellmath__44__27__in3);
endmodule

module cynw_cm_float_mul_ieee_inst_cellmath__44__26__bdw3815070899_bdw (
	inst_cellmath__44__26__out0,
	inst_cellmath__44__26__in0,
	inst_cellmath__44__26__in1
	); /* architecture "behavioural" */ 
output [0:0] inst_cellmath__44__26__out0;
input [0:0] inst_cellmath__44__26__in0;
input [23:23] inst_cellmath__44__26__in1;

assign inst_cellmath__44__26__out0 = 
	(inst_cellmath__44__26__in1)
	&(inst_cellmath__44__26__in0);
endmodule

module cynw_cm_float_mul_ieee_inst_cellmath__44__33__bdw3815070899_bdw (
	inst_cellmath__44__33__out0,
	inst_cellmath__44__33__in0,
	inst_cellmath__44__33__in1
	); /* architecture "behavioural" */ 
output [0:0] inst_cellmath__44__33__out0;
input [0:0] inst_cellmath__44__33__in0,
	inst_cellmath__44__33__in1;

assign inst_cellmath__44__33__out0 = 
	(inst_cellmath__44__33__in1)
	|(inst_cellmath__44__33__in0);
endmodule

module cynw_cm_float_mul_ieee_inst_cellmath__44__32__bdw3815070899_bdw (
	inst_cellmath__44__32__out0,
	inst_cellmath__44__32__in0,
	inst_cellmath__44__32__in1
	); /* architecture "behavioural" */ 
output [0:0] inst_cellmath__44__32__out0;
input [0:0] inst_cellmath__44__32__in0;
input  inst_cellmath__44__32__in1;

assign inst_cellmath__44__32__out0 = 
	(inst_cellmath__44__32__in1)
	&(inst_cellmath__44__32__in0);
endmodule

module cynw_cm_float_mul_ieee_inst_cellmath__44_0_bdw3815070899_bdw (
	inst_cellmath__44_0_out0,
	inst_cellmath__44_0_in0,
	inst_cellmath__44_0_in1
	); /* architecture "behavioural" */ 
output  inst_cellmath__44_0_out0;
input [0:0] inst_cellmath__44_0_in0,
	inst_cellmath__44_0_in1;

assign inst_cellmath__44_0_out0 = 
	(inst_cellmath__44_0_in1)
	|(inst_cellmath__44_0_in0);
endmodule

module cynw_cm_float_mul_ieee_inst_cellmath__46_0_bdw3815070899_bdw (
	inst_cellmath__46_0_out0,
	inst_cellmath__46_0_in0,
	inst_cellmath__46_0_in1
	); /* architecture "behavioural" */ 
output  inst_cellmath__46_0_out0;
input [24:24] inst_cellmath__46_0_in0;
input  inst_cellmath__46_0_in1;

assign inst_cellmath__46_0_out0 = 
	(inst_cellmath__46_0_in0)
	&(inst_cellmath__46_0_in1);
endmodule

module cynw_cm_float_mul_ieee_inst_cellmath__38_0_bdw3815070899_bdw (
	inst_cellmath__38_0_out0,
	inst_cellmath__38_0_in0,
	inst_cellmath__38_0_in1
	); /* architecture "behavioural" */ 
output  inst_cellmath__38_0_out0;
input  inst_cellmath__38_0_in0;
input [47:47] inst_cellmath__38_0_in1;

assign inst_cellmath__38_0_out0 = 
	(inst_cellmath__38_0_in1)
	|(inst_cellmath__38_0_in0);
endmodule

module cynw_cm_float_mul_ieee_inst_cellmath__30_0_bdw3815070899_bdw (
	inst_cellmath__30_0_out0,
	inst_cellmath__30_0_in0,
	inst_cellmath__30_0_in1
	); /* architecture "behavioural" */ 
output [9:0] inst_cellmath__30_0_out0;
input [7:0] inst_cellmath__30_0_in0,
	inst_cellmath__30_0_in1;

wire [9:0] inst_cellmath__30_0_out0_tmp_0;
assign inst_cellmath__30_0_out0_tmp_0 = 
	+(inst_cellmath__30_0_in1)
	+(inst_cellmath__30_0_in0);
assign inst_cellmath__30_0_out0 = inst_cellmath__30_0_out0_tmp_0
	-(10'B0001111111);
endmodule

module cynw_cm_float_mul_ieee_inst_cellmath__31_0_bdw3815070899_bdw (
	inst_cellmath__31_0_out0,
	inst_cellmath__31_0_in0
	); /* architecture "behavioural" */ 
output [9:0] inst_cellmath__31_0_out0;
input [9:0] inst_cellmath__31_0_in0;

assign inst_cellmath__31_0_out0 = 
	+(inst_cellmath__31_0_in0)
	+(10'B0000000001);
endmodule

module cynw_cm_float_mul_ieee_inst_cellmath__48_0_bdw3815070899_bdw (
	inst_cellmath__48_0_out0,
	inst_cellmath__48_0_in0,
	inst_cellmath__48_0_in1,
	inst_cellmath__48_0_in2
	); /* architecture "behavioural" */ 
output [9:0] inst_cellmath__48_0_out0;
input  inst_cellmath__48_0_in0;
input [9:0] inst_cellmath__48_0_in1,
	inst_cellmath__48_0_in2;

reg [9:0] inst_cellmath__48_0_out0_tmp_0;
assign inst_cellmath__48_0_out0 = inst_cellmath__48_0_out0_tmp_0;
always @ (inst_cellmath__48_0_in0 or inst_cellmath__48_0_in2 or inst_cellmath__48_0_in1) begin
	case (inst_cellmath__48_0_in0)
		1'B0 : inst_cellmath__48_0_out0_tmp_0 = inst_cellmath__48_0_in2 ;
		default : inst_cellmath__48_0_out0_tmp_0 = inst_cellmath__48_0_in1 ;
	endcase
end
endmodule

module cynw_cm_float_mul_ieee_inst_cellmath__51__49__bdw3815070899_bdw (
	inst_cellmath__51__49__out0,
	inst_cellmath__51__49__in0
	); /* architecture "behavioural" */ 
output [0:0] inst_cellmath__51__49__out0;
input [7:0] inst_cellmath__51__49__in0;

assign inst_cellmath__51__49__out0 = 
	(inst_cellmath__51__49__in0[0])
	&(inst_cellmath__51__49__in0[1])
	&(inst_cellmath__51__49__in0[2])
	&(inst_cellmath__51__49__in0[3])
	&(inst_cellmath__51__49__in0[4])
	&(inst_cellmath__51__49__in0[5])
	&(inst_cellmath__51__49__in0[6])
	&(inst_cellmath__51__49__in0[7]);
endmodule

module cynw_cm_float_mul_ieee_inst_cellmath__51__48__bdw3815070899_bdw (
	inst_cellmath__51__48__out0,
	inst_cellmath__51__48__in0,
	inst_cellmath__51__48__in1
	); /* architecture "behavioural" */ 
output [0:0] inst_cellmath__51__48__out0;
input [0:0] inst_cellmath__51__48__in0;
input [8:8] inst_cellmath__51__48__in1;

assign inst_cellmath__51__48__out0 = 
	(inst_cellmath__51__48__in1)
	|(inst_cellmath__51__48__in0);
endmodule

module cynw_cm_float_mul_ieee_inst_cellmath__51_0_bdw3815070899_bdw (
	inst_cellmath__51_0_out0,
	inst_cellmath__51_0_in0,
	inst_cellmath__51_0_in1
	); /* architecture "behavioural" */ 
output  inst_cellmath__51_0_out0;
input [0:0] inst_cellmath__51_0_in0;
input [9:9] inst_cellmath__51_0_in1;

assign inst_cellmath__51_0_out0 = 
	((~inst_cellmath__51_0_in1))
	&(inst_cellmath__51_0_in0);
endmodule

module cynw_cm_float_mul_ieee_inst_cellmath__28_0_bdw3815070899_bdw (
	inst_cellmath__28_0_out0,
	inst_cellmath__28_0_in0,
	inst_cellmath__28_0_in1
	); /* architecture "behavioural" */ 
output  inst_cellmath__28_0_out0;
input  inst_cellmath__28_0_in0,
	inst_cellmath__28_0_in1;

assign inst_cellmath__28_0_out0 = 
	(inst_cellmath__28_0_in1)
	|(inst_cellmath__28_0_in0);
endmodule

module cynw_cm_float_mul_ieee_inst_cellmath__27_0_bdw3815070899_bdw (
	inst_cellmath__27_0_out0,
	inst_cellmath__27_0_in0,
	inst_cellmath__27_0_in1
	); /* architecture "behavioural" */ 
output  inst_cellmath__27_0_out0;
input  inst_cellmath__27_0_in0,
	inst_cellmath__27_0_in1;

assign inst_cellmath__27_0_out0 = 
	(inst_cellmath__27_0_in1)
	|(inst_cellmath__27_0_in0);
endmodule

module cynw_cm_float_mul_ieee_inst_cellmath__50__50__bdw3815070899_bdw (
	inst_cellmath__50__50__out0,
	inst_cellmath__50__50__in0
	); /* architecture "behavioural" */ 
output [0:0] inst_cellmath__50__50__out0;
input [9:0] inst_cellmath__50__50__in0;

assign inst_cellmath__50__50__out0 = 
	(inst_cellmath__50__50__in0[0])
	|(inst_cellmath__50__50__in0[1])
	|(inst_cellmath__50__50__in0[2])
	|(inst_cellmath__50__50__in0[3])
	|(inst_cellmath__50__50__in0[4])
	|(inst_cellmath__50__50__in0[5])
	|(inst_cellmath__50__50__in0[6])
	|(inst_cellmath__50__50__in0[7])
	|(inst_cellmath__50__50__in0[8])
	|(inst_cellmath__50__50__in0[9]);
endmodule

module cynw_cm_float_mul_ieee_inst_cellmath__49_1_bdw3815070899_bdw (
	inst_cellmath__49_1_out0,
	inst_cellmath__49_1_in0,
	inst_cellmath__49_1_in1,
	inst_cellmath__49_1_in2,
	inst_cellmath__49_1_in3,
	inst_cellmath__49_1_in4,
	inst_cellmath__49_1_in5
	); /* architecture "behavioural" */ 
output  inst_cellmath__49_1_out0;
input  inst_cellmath__49_1_in0;
input [0:0] inst_cellmath__49_1_in1;
input [9:9] inst_cellmath__49_1_in2;
input  inst_cellmath__49_1_in3,
	inst_cellmath__49_1_in4,
	inst_cellmath__49_1_in5;

assign inst_cellmath__49_1_out0 = 
	(inst_cellmath__49_1_in0)
	|(inst_cellmath__49_1_in3)
	|(inst_cellmath__49_1_in5)
	|(inst_cellmath__49_1_in4)
	|(inst_cellmath__49_1_in2)
	|((~inst_cellmath__49_1_in1));
endmodule

module cynw_cm_float_mul_ieee_inst_cellmath__37__43__bdw3815070899_bdw (
	inst_cellmath__37__43__out0,
	inst_cellmath__37__43__in0,
	inst_cellmath__37__43__in1
	); /* architecture "behavioural" */ 
output [0:0] inst_cellmath__37__43__out0;
input  inst_cellmath__37__43__in0,
	inst_cellmath__37__43__in1;

assign inst_cellmath__37__43__out0 = 
	(inst_cellmath__37__43__in1)
	|(inst_cellmath__37__43__in0);
endmodule

module cynw_cm_float_mul_ieee_inst_cellmath__32__11__bdw3815070899_bdw (
	inst_cellmath__32__11__out0,
	inst_cellmath__32__11__in0
	); /* architecture "behavioural" */ 
output [0:0] inst_cellmath__32__11__out0;
input [8:7] inst_cellmath__32__11__in0;

assign inst_cellmath__32__11__out0 = 
	(inst_cellmath__32__11__in0[7])
	|(inst_cellmath__32__11__in0[8]);
endmodule

module cynw_cm_float_mul_ieee_inst_cellmath__32__10__bdw3815070899_bdw (
	inst_cellmath__32__10__out0,
	inst_cellmath__32__10__in0,
	inst_cellmath__32__10__in1
	); /* architecture "behavioural" */ 
output  inst_cellmath__32__10__out0;
input [0:0] inst_cellmath__32__10__in0;
input [9:9] inst_cellmath__32__10__in1;

assign inst_cellmath__32__10__out0 = ~(
	((~inst_cellmath__32__10__in1))
	&(inst_cellmath__32__10__in0));
endmodule

module cynw_cm_float_mul_ieee_inst_cellmath__37__42__bdw3815070899_bdw (
	inst_cellmath__37__42__out0,
	inst_cellmath__37__42__in0,
	inst_cellmath__37__42__in1
	); /* architecture "behavioural" */ 
output [0:0] inst_cellmath__37__42__out0;
input  inst_cellmath__37__42__in0,
	inst_cellmath__37__42__in1;

assign inst_cellmath__37__42__out0 = 
	(inst_cellmath__37__42__in1)
	|(inst_cellmath__37__42__in0);
endmodule

module cynw_cm_float_mul_ieee_inst_cellmath__7_0_bdw3815070899_bdw (
	inst_cellmath__7_0_out0,
	inst_cellmath__7_0_in0
	); /* architecture "behavioural" */ 
output  inst_cellmath__7_0_out0;
input [2:0] inst_cellmath__7_0_in0;

assign inst_cellmath__7_0_out0 = (7'B0000010==(inst_cellmath__7_0_in0 - 7'B0000001));
endmodule

module cynw_cm_float_mul_ieee_inst_cellmath__42_0_bdw3815070899_bdw (
	inst_cellmath__42_0_out0,
	inst_cellmath__42_0_in0,
	inst_cellmath__42_0_in1,
	inst_cellmath__42_0_in2,
	inst_cellmath__42_0_in3
	); /* architecture "behavioural" */ 
output  inst_cellmath__42_0_out0;
input  inst_cellmath__42_0_in0,
	inst_cellmath__42_0_in1,
	inst_cellmath__42_0_in2,
	inst_cellmath__42_0_in3;
wire [1:0] inst_cellmath__5_0;

assign inst_cellmath__5_0 = {inst_cellmath__42_0_in2,inst_cellmath__42_0_in1};

reg [0:0] inst_cellmath__42_0_out0_tmp_0;
assign inst_cellmath__42_0_out0 = inst_cellmath__42_0_out0_tmp_0;
always @ (inst_cellmath__5_0 or inst_cellmath__42_0_in0 or inst_cellmath__42_0_in3) begin
	casez (inst_cellmath__5_0)
		2'B00 : inst_cellmath__42_0_out0_tmp_0 = ~inst_cellmath__42_0_in0 ;
		2'B01 : inst_cellmath__42_0_out0_tmp_0 = inst_cellmath__42_0_in3 ;
		default : inst_cellmath__42_0_out0_tmp_0 = ~inst_cellmath__42_0_in3 ;
	endcase
end
endmodule

module cynw_cm_float_mul_ieee_inst_cellmath__52_0_bdw3815070899_bdw (
	inst_cellmath__52_0_out0,
	inst_cellmath__52_0_in0,
	inst_cellmath__52_0_in1,
	inst_cellmath__52_0_in2,
	inst_cellmath__52_0_in3,
	inst_cellmath__52_0_in4
	); /* architecture "behavioural" */ 
output [7:0] inst_cellmath__52_0_out0;
input  inst_cellmath__52_0_in0;
input [7:0] inst_cellmath__52_0_in1;
input  inst_cellmath__52_0_in2;
input [0:0] inst_cellmath__52_0_in3,
	inst_cellmath__52_0_in4;
wire [2:0] inst_cellmath__49_0;
wire [8:0] inst_cellmath__37__40;

assign inst_cellmath__49_0 = {inst_cellmath__52_0_in0,inst_cellmath__52_0_in3,inst_cellmath__52_0_in4};

assign inst_cellmath__37__40[7:0] = {7'B1111111,inst_cellmath__52_0_in2};

reg [7:0] inst_cellmath__52_0_out0_tmp_0;
assign inst_cellmath__52_0_out0 = inst_cellmath__52_0_out0_tmp_0;
always @ (inst_cellmath__49_0 or inst_cellmath__52_0_in1 or inst_cellmath__37__40[7:0]) begin
	casez (inst_cellmath__49_0)
		3'B0?? : inst_cellmath__52_0_out0_tmp_0 = inst_cellmath__52_0_in1 ;
		3'B100 : inst_cellmath__52_0_out0_tmp_0 = inst_cellmath__37__40[7:0] ;
		3'B11? : inst_cellmath__52_0_out0_tmp_0 = 8'B11111111 ;
		default : inst_cellmath__52_0_out0_tmp_0 = {8{1'b0}} ;
	endcase
end
endmodule

module cynw_cm_float_mul_ieee_inst_cellmath__47_0_bdw3815070899_bdw (
	inst_cellmath__47_0_out0,
	inst_cellmath__47_0_in0,
	inst_cellmath__47_0_in1,
	inst_cellmath__47_0_in2,
	inst_cellmath__47_0_in3,
	inst_cellmath__47_0_in4
	); /* architecture "behavioural" */ 
output  inst_cellmath__47_0_out0;
input  inst_cellmath__47_0_in0,
	inst_cellmath__47_0_in1,
	inst_cellmath__47_0_in2,
	inst_cellmath__47_0_in3,
	inst_cellmath__47_0_in4;

assign inst_cellmath__47_0_out0 = 
	((~inst_cellmath__47_0_in0))
	&((~inst_cellmath__47_0_in1))
	&((~inst_cellmath__47_0_in2))
	&((~inst_cellmath__47_0_in4))
	&((~inst_cellmath__47_0_in3));
endmodule

module cynw_cm_float_mul_ieee_inst_cellmath__53_U_bdw3815070899_bdw (
	inst_cellmath__53_U_out0,
	inst_cellmath__53_U_in0,
	inst_cellmath__53_U_in1,
	inst_cellmath__53_U_in2,
	inst_cellmath__53_U_in3,
	inst_cellmath__53_U_in4,
	inst_cellmath__53_U_in5
	); /* architecture "behavioural" */ 
output [22:22] inst_cellmath__53_U_out0;
input  inst_cellmath__53_U_in0,
	inst_cellmath__53_U_in1;
input [22:22] inst_cellmath__53_U_in2;
input  inst_cellmath__53_U_in3,
	inst_cellmath__53_U_in4;
input [46:46] inst_cellmath__53_U_in5;
wire [2:0] inst_cellmath__49_1_1;

assign inst_cellmath__49_1_1 = {inst_cellmath__53_U_in0,inst_cellmath__53_U_in3,inst_cellmath__53_U_in4};

reg [0:0] inst_cellmath__53_U_out0_tmp_0;
assign inst_cellmath__53_U_out0 = inst_cellmath__53_U_out0_tmp_0;
always @ (inst_cellmath__49_1_1 or inst_cellmath__53_U_in5 or inst_cellmath__53_U_in2 or inst_cellmath__53_U_in1) begin
	casez (inst_cellmath__49_1_1)
		3'B00? : inst_cellmath__53_U_out0_tmp_0 = inst_cellmath__53_U_in5 ;
		3'B01? : inst_cellmath__53_U_out0_tmp_0 = inst_cellmath__53_U_in2 ;
		3'B1?0 : inst_cellmath__53_U_out0_tmp_0 = inst_cellmath__53_U_in1 ;
		default : inst_cellmath__53_U_out0_tmp_0 = 1'B1 ;
	endcase
end
endmodule

module cynw_cm_float_mul_ieee_inst_cellmath__53_M_bdw3815070899_bdw (
	inst_cellmath__53_M_out0,
	inst_cellmath__53_M_in0,
	inst_cellmath__53_M_in1,
	inst_cellmath__53_M_in2,
	inst_cellmath__53_M_in3,
	inst_cellmath__53_M_in4,
	inst_cellmath__53_M_in5,
	inst_cellmath__53_M_in6,
	inst_cellmath__53_M_in7,
	inst_cellmath__53_M_in8,
	inst_cellmath__53_M_in9
	); /* architecture "behavioural" */ 
output [21:0] inst_cellmath__53_M_out0;
input  inst_cellmath__53_M_in0,
	inst_cellmath__53_M_in1;
input [21:0] inst_cellmath__53_M_in2;
input  inst_cellmath__53_M_in3,
	inst_cellmath__53_M_in4;
input [45:24] inst_cellmath__53_M_in5;
input  inst_cellmath__53_M_in6,
	inst_cellmath__53_M_in7;
input [21:0] inst_cellmath__53_M_in8,
	inst_cellmath__53_M_in9;
wire [4:0] inst_cellmath__49_1_0;

assign inst_cellmath__49_1_0 = {inst_cellmath__53_M_in0,inst_cellmath__53_M_in3,inst_cellmath__53_M_in4,inst_cellmath__53_M_in7,inst_cellmath__53_M_in6};

reg [21:0] inst_cellmath__53_M_out0_tmp_0;
assign inst_cellmath__53_M_out0 = inst_cellmath__53_M_out0_tmp_0;
always @ (inst_cellmath__49_1_0 or inst_cellmath__53_M_in5 or inst_cellmath__53_M_in2 or inst_cellmath__53_M_in1 or inst_cellmath__53_M_in8 or inst_cellmath__53_M_in9) begin
	casez (inst_cellmath__49_1_0)
		5'B00??? : inst_cellmath__53_M_out0_tmp_0 = inst_cellmath__53_M_in5 ;
		5'B01??? : inst_cellmath__53_M_out0_tmp_0 = inst_cellmath__53_M_in2 ;
		5'B1?0?? : inst_cellmath__53_M_out0_tmp_0 = {{21{inst_cellmath__53_M_in1}}, inst_cellmath__53_M_in1} ;
		5'B1?101 : inst_cellmath__53_M_out0_tmp_0 = inst_cellmath__53_M_in8 ;
		5'B1?11? : inst_cellmath__53_M_out0_tmp_0 = inst_cellmath__53_M_in9 ;
		default : inst_cellmath__53_M_out0_tmp_0 = {22{1'b0}} ;
	endcase
end
endmodule

/* CADENCE  v7nzTwvfog== : u9/ySgnWtBlWxVPRXgAZ4Og= ** DO NOT EDIT THIS LINE **/